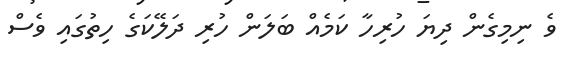
ވެ ނިމިގެން ދިޔަ ހުރިހާ ކަމެއް ބަލަން ހުރި ދަލޭކަގެ ހިތުގައި ވެސް